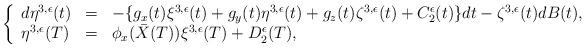
LaTeX: \begin{align*}\left\{\begin{array}[c]{lll}d\eta^{3,\epsilon}(t) & = & -\{g_{x}(t)\xi^{3,\epsilon}(t)+g_{y}(t)\eta^{3,\epsilon}(t)+g_{z}(t)\zeta^{3,\epsilon}(t)+C_{2}^{\epsilon}(t)\}dt-\zeta^{3,\epsilon}(t)dB(t),\\\eta^{3,\epsilon}(T) & = & \phi_{x}(\bar{X}(T))\xi^{3,\epsilon}(T)+D_{2}^{\epsilon}(T),\end{array}\right. \end{align*}